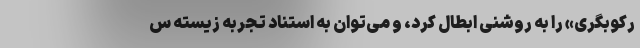
رکوبگری» را به روشنی ابطال کرد، و می‌توان به استناد تجربه زیسته س